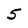
Character: 5